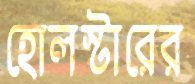
হোলস্টারের